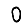
Digit: 0